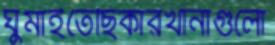
ঘুমাইতেছিকারখানাগুলো